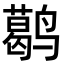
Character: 𬸭